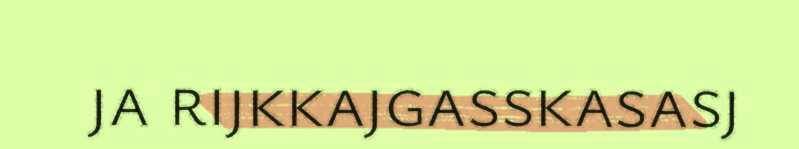
ja rijkkajgasskasasj